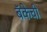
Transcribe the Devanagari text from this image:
बॅकेची